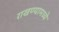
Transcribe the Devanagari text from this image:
राखण्यामध्ये